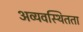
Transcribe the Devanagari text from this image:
अव्यवस्थितता